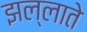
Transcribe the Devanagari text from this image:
झल्लाते